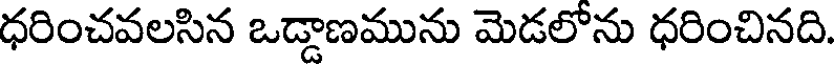
ధరించవలసిన ఒడ్డాణమును మెడలోను ధరించినది.